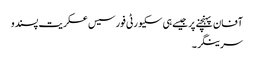
آفان پہنچنے پر جیسے ہی سکیورٹی فورسیس عسکریت پسندو
سرینگر ۔